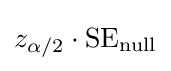
z_{\alpha /2}\cdot {\text{SE}}_{\text{null}}